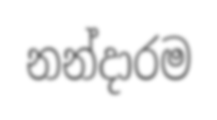
නන්දාරම